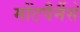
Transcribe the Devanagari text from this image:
मोंटपैर्नैसे